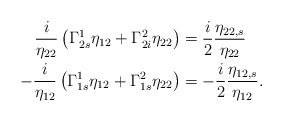
\begin{align*} \frac{i}{\eta_{22}}\left(\Gamma_{2s}^{1}\eta_{12}+\Gamma_{2i}^{2}\eta_{22} \right)&=\frac{i}{2}\frac{\eta_{22,s}}{\eta_{22}}\\ -\frac{i}{\eta_{12}}\left(\Gamma_{1s}^{1}\eta_{12}+\Gamma_{1s}^{2}\eta_{22} \right)&=-\frac{i}{2}\frac{\eta_{12,s}}{\eta_{12}}. \end{align*}